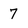
Character: 7